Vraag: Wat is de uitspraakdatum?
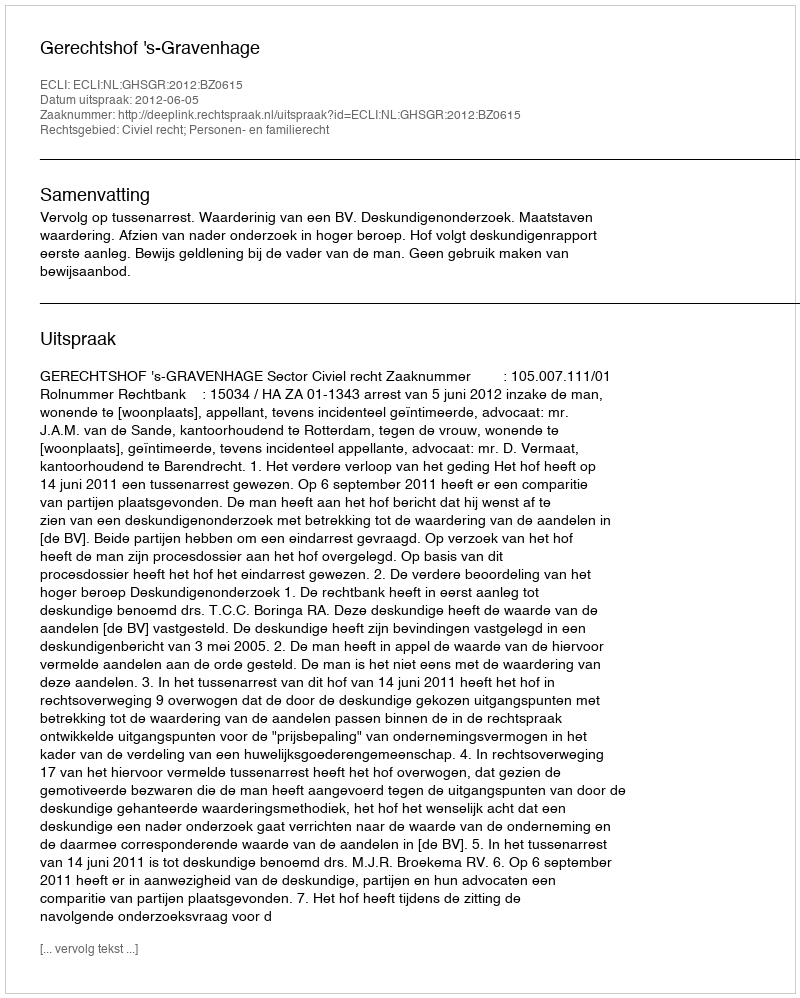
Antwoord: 2012-06-05